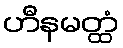
ဟီနမတ္ထံ